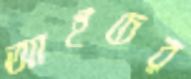
আইচের